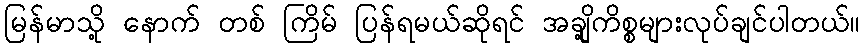
မြန်မာသို့ နောက် တစ် ကြိမ် ပြန်ရမယ်ဆိုရင် အချို့ကိစ္စများလုပ်ချင်ပါတယ်။